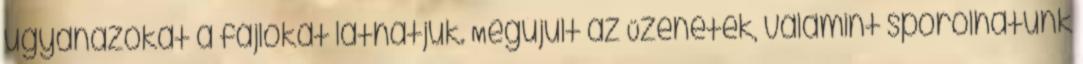
ugyanazokat a fájlokat láthatjuk. Megújult az Üzenetek, valamint spórolhatunk